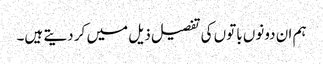
ہم ان دونوں باتوں کی تفصیل ذیل میں کر دیتے ہیں۔